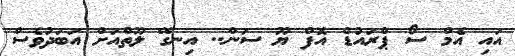
އައި އެމް ސޯ ޕްރައުޑް އޮފް ޔޫ ސަން.. އިނގޭ ލޫތްއަށް އަބަދުވެސް